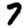
Digit: 7